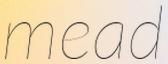
mead